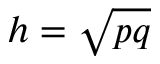
h = { \sqrt { p q } }